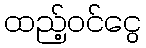
ထည့်ဝင်ငွေ